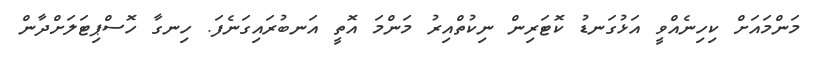
މަންމައަށް ކިހިނެއްވީ އަޅުގަނޑު ކޮޓަރިން ނިކުތްއިރު މަންމަ އޮތީ އަނބުރައިގަނެފަ. ހިނގާ ހޮސްޕިޓަލަށްދާން